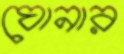
ঘোনার